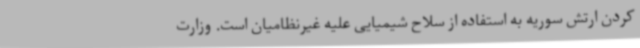
کردن ارتش سوریه به استفاده از سلاح شیمیایی علیه غیرنظامیان است. وزارت